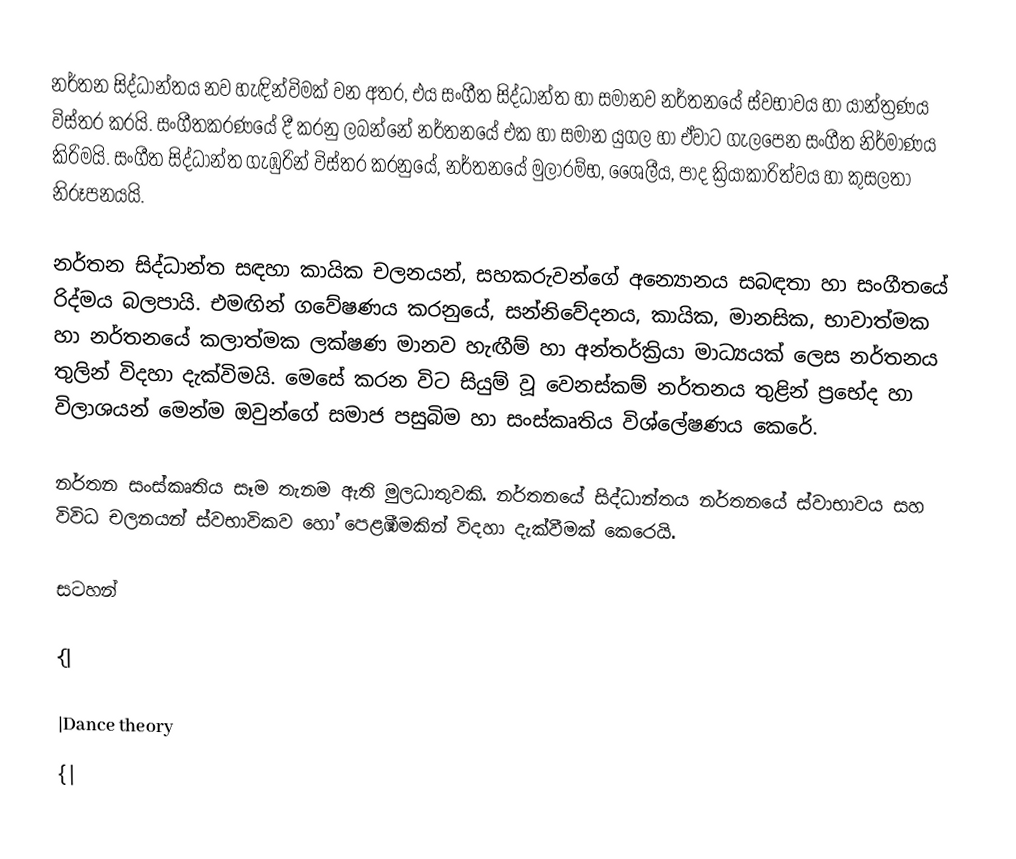
නර්තන සිද්ධාන්තය නව හැඳින්විමක් වන අතර, එය සංගීත සිද්ධාන්ත හා සමානව නර්තනයේ ස්වභාවය හා යාන්ත්‍රණය විස්තර කරයි. සංගීතකරණයේ දී කරනු ලබන්නේ නර්තනයේ එක හා සමාන යුගල හා ඒවාට ගැලපෙන සංගීත නිර්මාණය කිරිමයි. සංගීත සිද්ධාන්ත ගැඹුරින් විස්තර කරනුයේ, නර්තනයේ මුලාරම්භ, ශෛලීය, පාද ක්‍රියාකාරිත්වය හා කුසලතා නිරූපනයයි.

නර්තන සිද්ධාන්ත සඳහා කායික චලනයන්, සහකරුවන්ගේ අන්‍යොනය සබඳතා හා සංගීතයේ රිද්මය බලපායි. එමඟින් ගවේෂණය කරනුයේ, සන්නිවේදනය, කායික, මානසික, භාවාත්මක හා නර්තනයේ කලාත්මක ලක්ෂණ මානව හැඟීම් හා අන්තර්ක්‍රියා මාධ්‍යයක් ලෙස නර්තනය තුලින් විදහා දැක්විමයි.‍ මෙසේ කරන විට සියුම් වූ වෙනස්කම් නර්තනය තුළින් ප්‍රභේද හා විලාශයන් මෙන්ම ඔවුන්ගේ සමාජ පසුබිම හා සංස්කෘතිය විශ්ලේෂණය කෙරේ.

නර්තන සංස්කෘතිය සෑම තැනම ඇති මුලධාතුවකි. නර්තනයේ සිද්ධාන්තය නර්තනයේ ස්වාභාවය සහ විවිධ චලනයන් ස්වභාවිකව හෝ පෙළඹීමකින් විදහා දැක්වීමක් කෙරෙයි.

සටහන්

{|

|Dance theory
{|